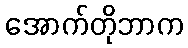
အောက်တိုဘာက